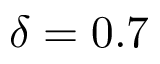
\delta = 0 . 7